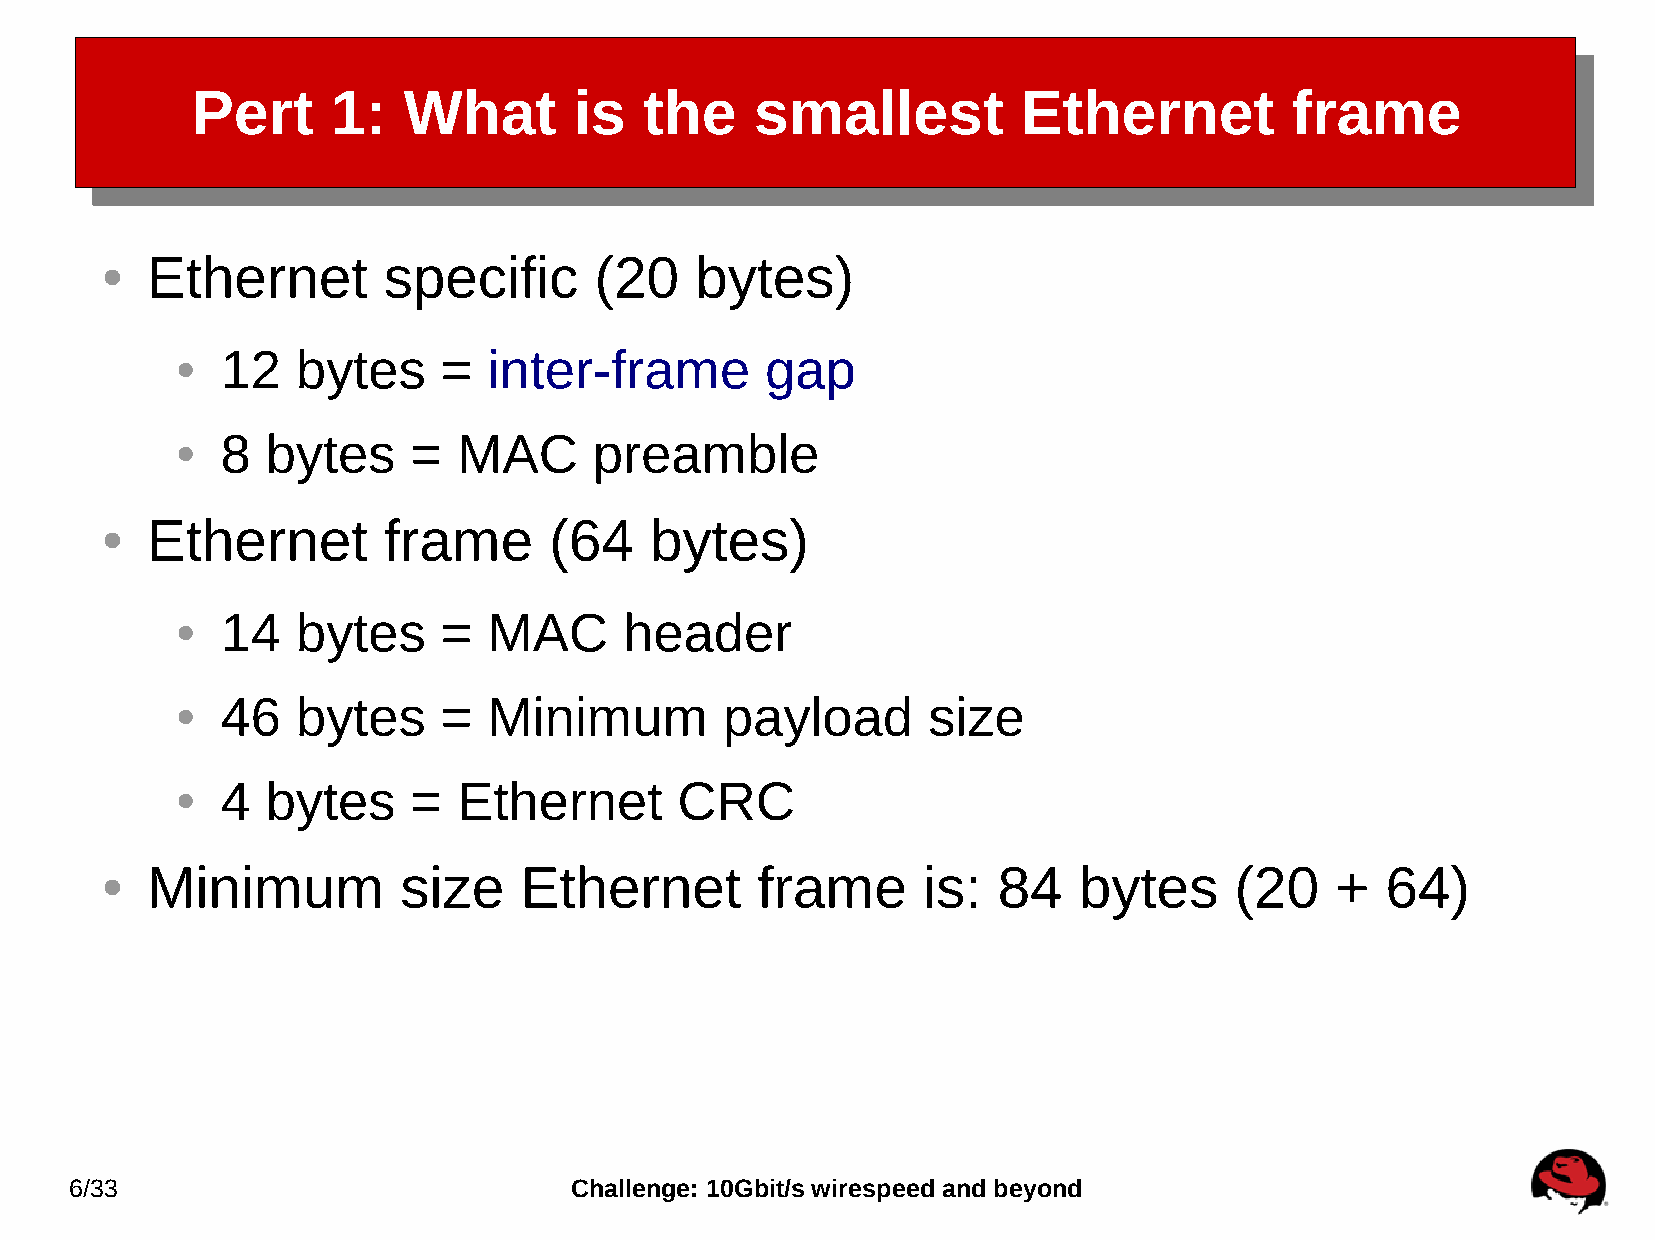
Pert     1:   What       is   the    smallest          Ethernet         frame
 Ethernet       specific      (20    bytes)
 ●
 12   bytes    =  inter-frame        gap
 ●
 8  bytes    =  MAC      preamble
 ●
 Ethernet       frame      (64    bytes)
 ●
 14   bytes    =  MAC      header
 ●
 46   bytes    =  Minimum         payload      size
 ●
 4  bytes    =  Ethernet       CRC
 ●
 Minimum         size    Ethernet        frame      is:  84   bytes      (20   +   64)
 ●
 6/33                             Challenge: 10Gbit/s wirespeed and beyond